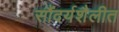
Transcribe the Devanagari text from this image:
सौंदर्यशैलीत